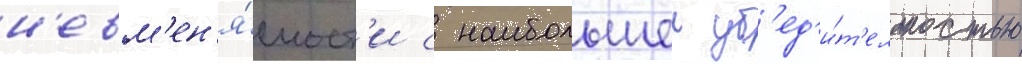
н'евм'ен'я́емост'и с наибольшеи уб'ед'и́т'ельностью